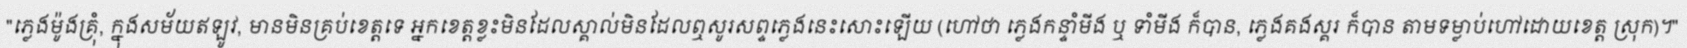
"ភ្លេងម៉ូងគ្រុំ, ក្នុងសម័យឥឡូវ, មានមិនគ្រប់ខេត្តទេ អ្នកខេត្តខ្លះមិនដែលស្គាល់មិនដែលឮសូរសព្ទភ្លេងនេះសោះឡើយ (ហៅថា ភ្លេងកន្ទាំមីង ឬ ទាំមីង ក៏បាន, ភ្លេងគងស្គរ ក៏បាន តាមទម្លាប់ហៅដោយខេត្ត ស្រុក)។"